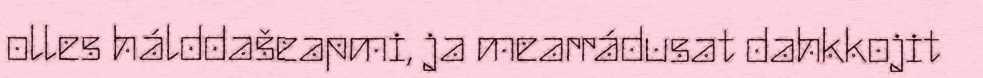
olles hálddašeapmi, ja mearrádusat dahkkojit